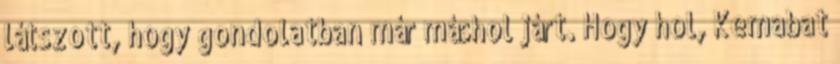
látszott, hogy gondolatban már máshol járt. Hogy hol, Kemabat